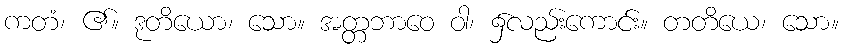
ကတံ၊ ၏။ ဒုတိယော၊ သော။ အတ္တဘာဝေ ဝါ၊ ၌လည်းကောင်း။ တတိယေ၊ သော။